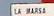
la